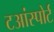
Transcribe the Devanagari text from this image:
टआंस्पोर्ट